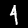
Digit: 4